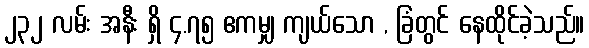
၂၃၂ လမ်း အနီး ရှိ ၄.၇၅ ဧကမျှ ကျယ်သော , ခြံတွင် နေထိုင်ခဲ့သည်။